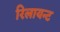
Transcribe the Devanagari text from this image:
रिलायन्ट